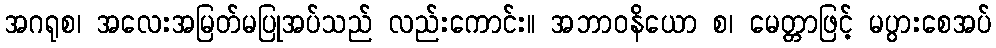
အဂရုစ၊ အလေးအမြတ်မပြုအပ်သည် လည်းကောင်း။ အဘာဝနိယော စ၊ မေတ္တာဖြင့် မပွားစေအပ်